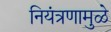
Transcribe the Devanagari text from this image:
नियंत्रणामुळे